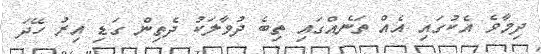
ދިމާވެ އެކުގައި އެއް ތަނެއްގައި ތިބެ ދުވާލަކު ދެތިން ގަޑި އިރު ހޭދަ